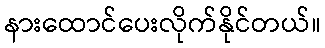
နားထောင်ပေးလိုက်နိုင်တယ်။